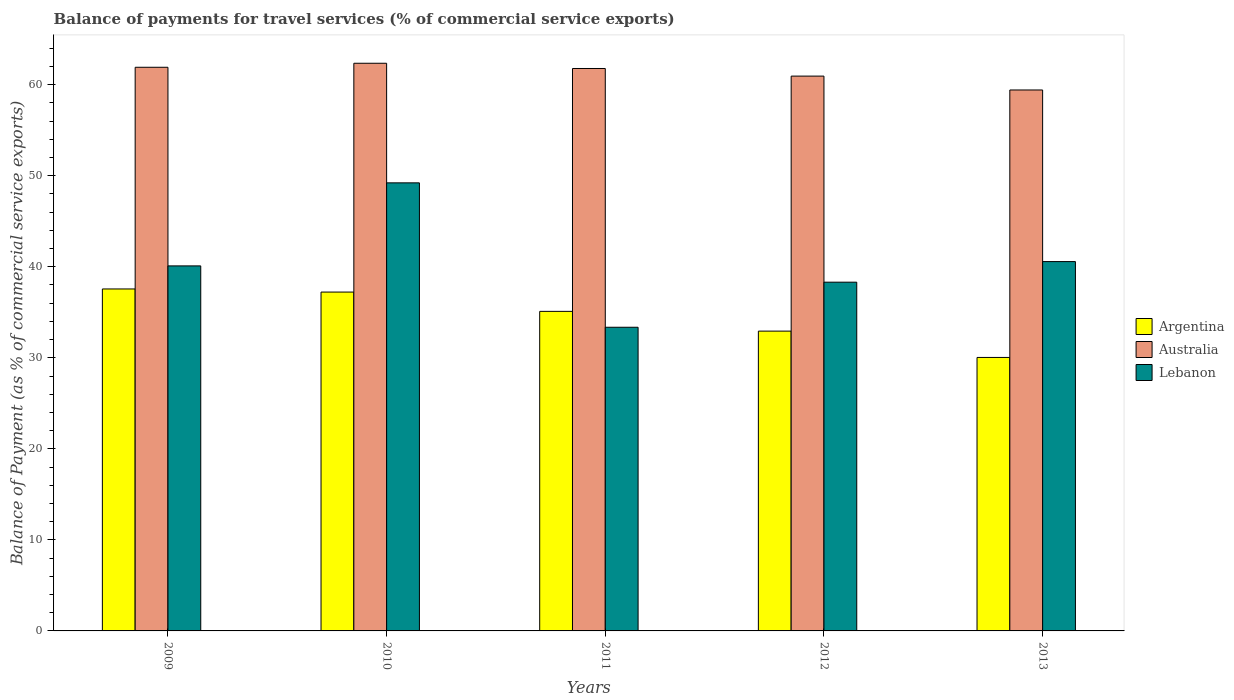
| Years | Argentina | Australia | Lebanon |
 | --- | --- | --- | --- |
 | 2009 | 37.6 | 61.9 | 40.1 |
 | 2010 | 37.2 | 62.4 | 49.2 |
 | 2011 | 35.1 | 61.8 | 33.4 |
 | 2012 | 32.9 | 60.9 | 38.3 |
 | 2013 | 30 | 59.4 | 40.6 |